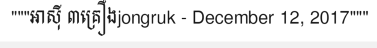
"""អាស៊ី ៣គ្រឿងjongruk - December 12, 2017"""